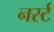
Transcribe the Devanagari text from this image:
नर्स्ट